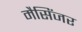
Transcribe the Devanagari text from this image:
मैसिंजर